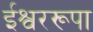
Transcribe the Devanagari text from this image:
ईश्वररूपा